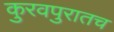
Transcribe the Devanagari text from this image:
कुरवपुरातच